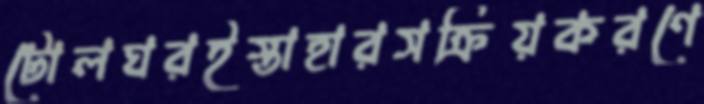
টোলঘরইস্তাহারসক্রিয়করণে